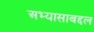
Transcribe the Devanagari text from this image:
अभ्यासाबद्दल